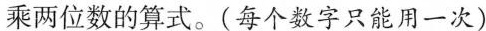
乘两位数的算式。(每个数字只能用一次)